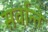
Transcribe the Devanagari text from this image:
सर्वान्ते